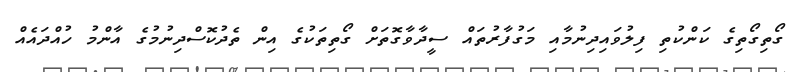
ގޯތިގޯތިގެ ކަންކުތި ފިލުވައިދިނުމާއި މަގުފާރުތައް ސީދާވާގޮތަށް ގޯތިތަކުގެ އިން ތެދުކޮސްދިނުމުގެ އާންމު ހުއްދައެއް